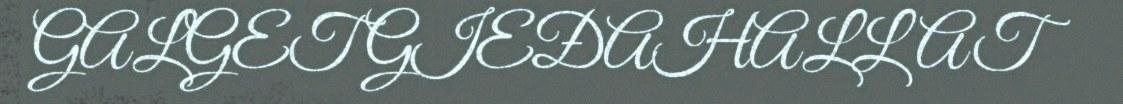
GALGET GIEĐAHALLAT